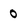
Character: 0